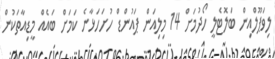
ލިވަޕޫލްއިން ބަލޮޓެލީ ހޯދުމަށް 14 މިލިއަން ޕައުންޑް ހުށަހަޅާނެ ކަމަށް ބައެއް މީޑިއާތަކުން